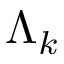
\Lambda _ { k }